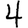
Digit: 4